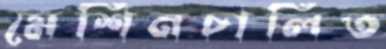
মেশিনচালিত